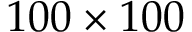
1 0 0 \times 1 0 0